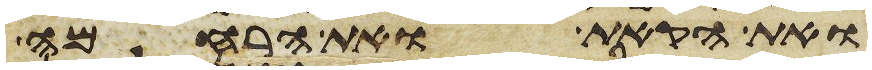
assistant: ואת הקאת ואת הרחמה